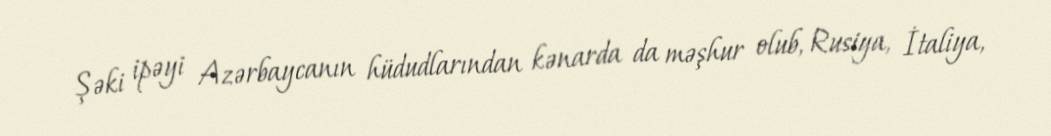
Şəki ipəyi Azərbaycanın hüdudlarından kənarda da məşhur olub, Rusiya, İtaliya,